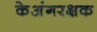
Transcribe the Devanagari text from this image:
केअंगरक्षक